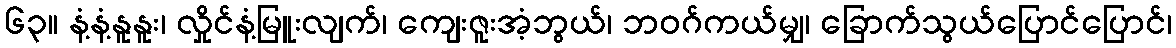
၆၃။ နံ့နံ့နူနူး၊ လှိုင်နံ့မြူးလျက်၊ ကျေးဇူးအံ့ဘွယ်၊ ဘဝဂ်ကယ်မျှ၊ ခြောက်သွယ်ပြောင်ပြောင်၊